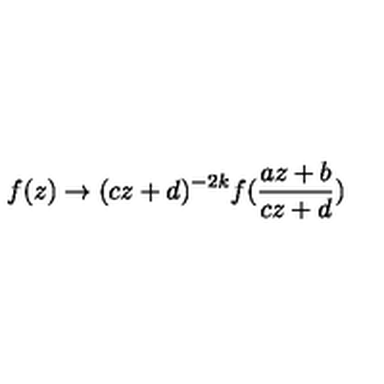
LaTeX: f ( z ) \rightarrow ( c z + d ) ^ { - 2 k } f ( \frac { a z + b } { c z + d } )